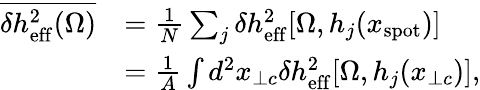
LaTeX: \begin{array}{rl}{\overline{{\delta h_{\mathrm{eff}}^{2}(\Omega)}}}&{=\frac{1}{N}\sum_{j}\delta h_{\mathrm{eff}}^{2}[\Omega,h_{j}(x_{\mathrm{spot}})]}\\ &{=\frac{1}{A}\int d^{2}x_{\perp c}\delta h_{\mathrm{eff}}^{2}[\Omega,h_{j}(x_{\perp c})],}\end{array}